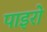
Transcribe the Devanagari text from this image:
पाइरो